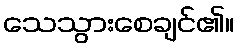
သေသွားစေချင်၏။